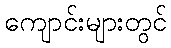
ကျောင်းများတွင်